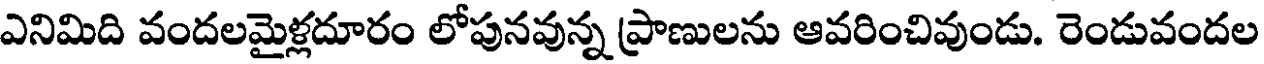
ఎనిమిది వందలమైళ్లదూరం లోపునవున్న ప్రాణులను ఆవరించివుండు. రెండువందల